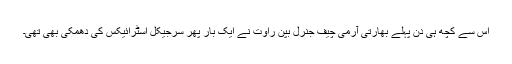
اس سے کچھ ہی دن پہلے بھارتی آرمی چیف جنرل بپن راوت نے ایک بار پھر سرجیکل اسٹرائیکس کی دھمکی بھی تھی۔